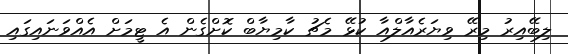
ލިބޭއިރު މިރޭ ވިޔަރެއާލްއާ ކުޅޭ މެޗު ކާމިޔާބް ކޮށްގެން އެ ޓީމަށް އެއްވަނައިގައި